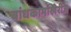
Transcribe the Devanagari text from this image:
बांधकामांखेरीज